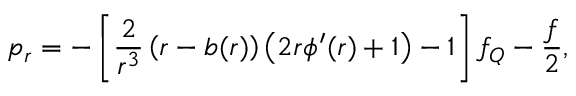
p _ { r } = - \left[ { \frac { 2 } { r ^ { 3 } } } \left( r - b ( r ) \right) \left( 2 r \phi ^ { \prime } ( r ) + 1 \right) - 1 \right] f _ { Q } - \frac { f } { 2 } ,